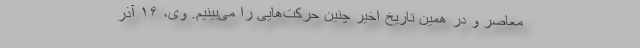
معاصر و در همین تاریخ اخیر چنین حرکت‌هایی را می‌بینیم. وی، ۱۶ آذر